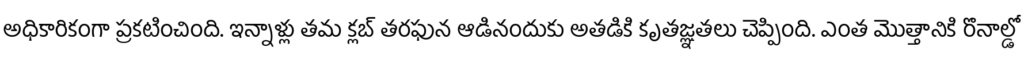
అధికారికంగా ప్రకటించింది. ఇన్నాళ్లు తమ క్లబ్ తరఫున ఆడినందుకు అతడికి కృతజ్ఞతలు చెప్పింది. ఎంత మొత్తానికి రొనాల్డో